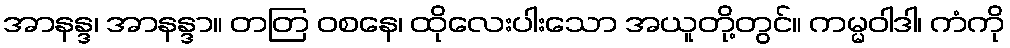
အာနန္ဒ၊ အာနန္ဒာ။ တတြ ဝစနေ၊ ထိုလေးပါးသော အယူတို့တွင်။ ကမ္မဝါဒါ၊ ကံကို